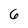
Character: 6